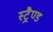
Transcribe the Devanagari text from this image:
स्ट्रैण्ड